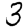
Digit: 3